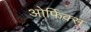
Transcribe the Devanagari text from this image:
ओर्फिक्स